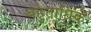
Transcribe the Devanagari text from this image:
बहुताधिक